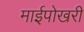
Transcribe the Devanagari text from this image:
माईपोखरी